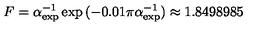
F = \alpha _ { \mathrm { e x p } } ^ { - 1 } \exp { ( - 0 . 0 1 \pi \alpha _ { \mathrm { e x p } } ^ { - 1 } ) } \approx 1 . 8 4 9 8 9 8 5